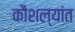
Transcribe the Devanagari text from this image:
कौशल्यांत